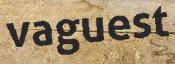
vaguest